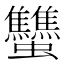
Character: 𧖝